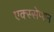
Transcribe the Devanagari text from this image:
एक्स्सेप्शन